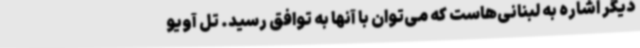
دیگر اشاره به لبنانی‌هاست که می‌توان با آنها به توافق رسید. تل آویو